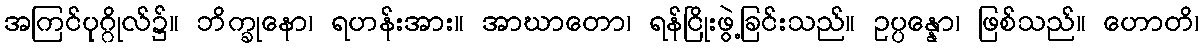
အကြင်ပုဂ္ဂိုလ်၌။ ဘိက္ခုနော၊ ရဟန်းအား။ အာဃာတော၊ ရန်ငြိုးဖွဲ့ခြင်းသည်။ ဥပ္ပန္နော၊ ဖြစ်သည်။ ဟောတိ၊